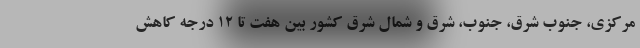
مرکزی، جنوب شرق، جنوب، شرق و شمال شرق کشور بین هفت تا ۱۲ درجه کاهش